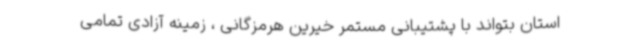
استان بتواند با پشتیبانی مستمر خیرین هرمزگانی ، زمینه آزادی تمامی